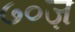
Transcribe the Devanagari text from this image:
७०ज़